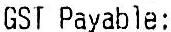
GST PAYABLE: